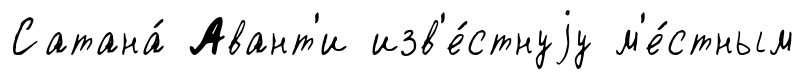
Сатана́ Авант'и изв'е́стнуjу м'е́стным